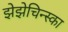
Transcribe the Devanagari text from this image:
झेझेचिन्स्का